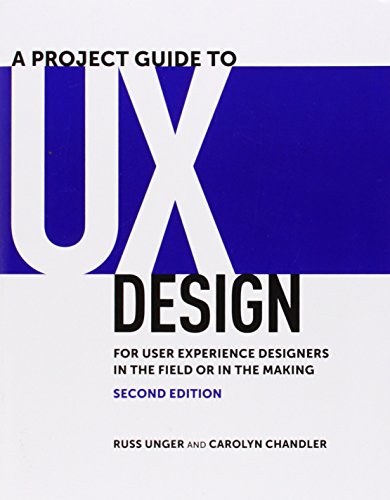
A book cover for A Project Guide to UX Design: For user experience designers in the field or in the making (2nd Edition) (Voices That Matter); Russ Unger; Computers & Technology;